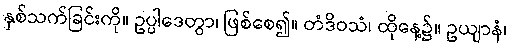
နှစ်သက်ခြင်းကို။ ဥပ္ပါဒေတွာ၊ ဖြစ်စေ၍။ တံဒိဝသံ၊ ထိုနေ့၌။ ဥယျာနံ၊